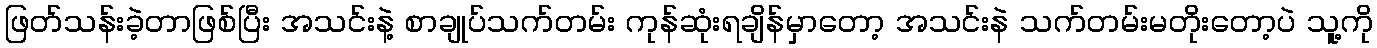
ဖြတ်သန်းခဲ့တာဖြစ်ပြီး အသင်းနဲ့ စာချုပ်သက်တမ်း ကုန်ဆုံးရချိန်မှာတော့ အသင်းနဲ သက်တမ်းမတိုးတော့ပဲ သူ့ကို